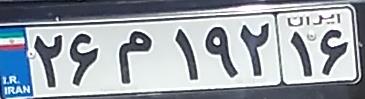
۲۶م۱۹۲۱۶